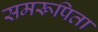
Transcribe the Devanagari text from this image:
समरूपिता